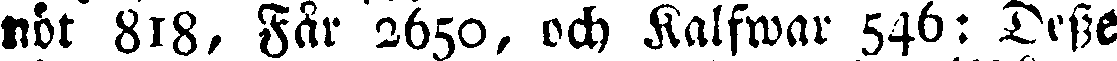
nöt 818, Får 2650, och Kalfwar 546: Desse